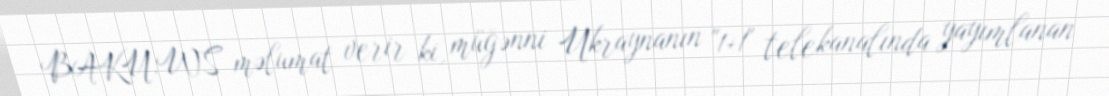
BAKU.WS məlumat verir ki, müğənni Ukraynanın "1+1" telekanalında yayımlanan